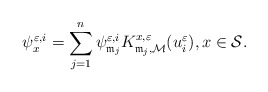
\begin{align*}\psi^{\varepsilon,i}_x=\sum_{j=1}^n \psi^{\varepsilon,i}_{\mathfrak{m}_j} K^{x,\varepsilon}_{\mathfrak{m}_j,\mathcal{M}}(u^\varepsilon_i),x\in\mathcal{S}.\end{align*}